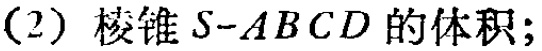
(2) 棱锥 \(S - ABCD\) 的体积;